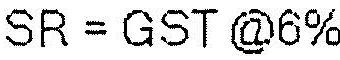
SR = GST @6%